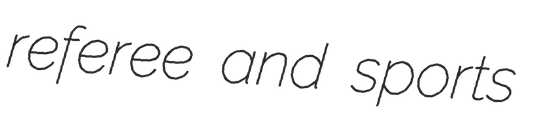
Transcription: referee and sports